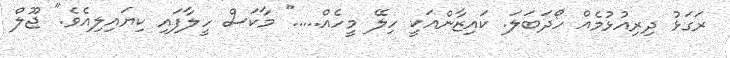
ރަގަޅު ދިރިއުޅުމެއް ހޯދަބަލަ. ކައިޒާންއަކީ ހިލޭ މީހެއް....." މާކަސް ހީލާފައި ކިޔައިލިއެވެ." ޖޫލް